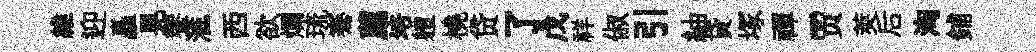
維迎矗晃饗滙西欲爛琉騫薦培軆橈贷了戊祥俶引紬貸塚禪贾莢后洶鋪